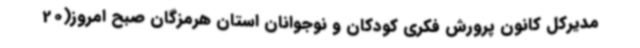
مدیرکل کانون پرورش فکری کودکان و نوجوانان استان هرمزگان صبح امروز(20